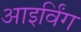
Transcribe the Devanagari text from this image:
आइर्विंग